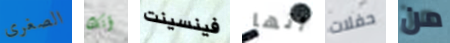
الصغرى أنك فينسينت أنها حفلات من